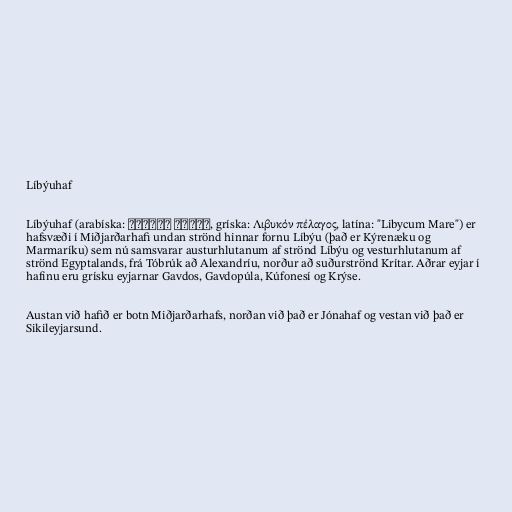
Líbýuhaf

Líbýuhaf (arabíska: البحر الليبي‎, gríska: Λιβυκόν πέλαγος, latína: "Libycum Mare") er
hafsvæði í Miðjarðarhafi undan strönd hinnar fornu Líbýu (það er Kýrenæku og
Marmaríku) sem nú samsvarar austurhlutanum af strönd Líbýu og vesturhlutanum af
strönd Egyptalands, frá Tóbrúk að Alexandríu, norður að suðurströnd Krítar. Aðrar eyjar í
hafinu eru grísku eyjarnar Gavdos, Gavdopúla, Kúfonesí og Krýse.

Austan við hafið er botn Miðjarðarhafs, norðan við það er Jónahaf og vestan við það er
Sikileyjarsund.